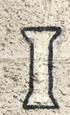
i